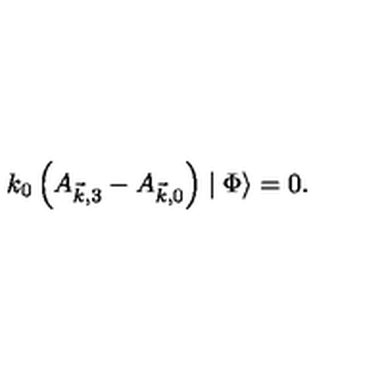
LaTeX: k _ { 0 } \left( A _ { \vec { k } , 3 } - A _ { \vec { k } , 0 } \right) \mid \Phi \rangle = 0 .